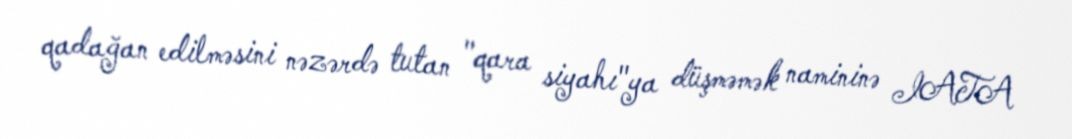
qadağan edilməsini nəzərdə tutan "qara siyahı"ya düşməmək namininə IATA